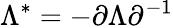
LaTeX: \Lambda^{*}=-\partial\Lambda\partial^{-1}